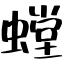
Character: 螳